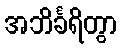
အဘိင်္ခရိတွာ